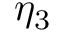
\eta _ { 3 }